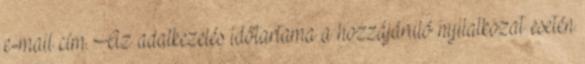
e-mail cím. Az adatkezelés időtartama a hozzájáruló nyilatkozat esetén